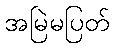
အမြဲမပြတ်